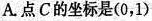
A.点C的坐标是(0，1)